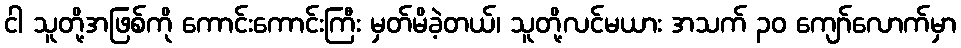
ငါ သူတို့အဖြစ်ကို ကောင်းကောင်းကြီး မှတ်မိခဲ့တယ်၊ သူတို့လင်မယား အသက် ၃၀ ကျော်လောက်မှာ